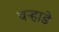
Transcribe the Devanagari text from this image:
वऱ्हाडे